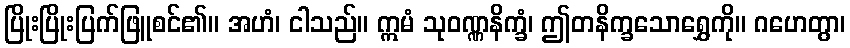
ပြိုးပြိုးပြက်ဖြူစင်၏။ အဟံ၊ ငါသည်။ ဣမံ သုဝဏ္ဏနိက္ခံ၊ ဤတနိက္ခသောရွှေကို။ ဂဟေတွာ၊